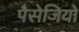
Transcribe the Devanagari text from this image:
पैसेजियो